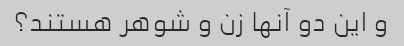
و این دو آنها زن و شوهر هستند؟